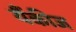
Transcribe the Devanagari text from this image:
यैंकीज